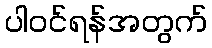
ပါဝင်ရန်အတွက်